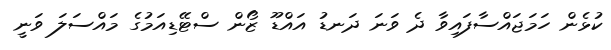
ކުޅެން ހަމަޖައްސާފައިވާ ދެ ވަނަ ދަނޑު އައްޑޫ ޒޯން ސްޓޭޑިއަމުގެ މައްސަލަ ވަނީ